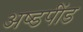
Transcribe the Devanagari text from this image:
अष्डपींड